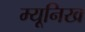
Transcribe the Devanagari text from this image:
म्‍यूनिख